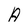
Character: A